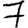
Digit: 7